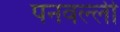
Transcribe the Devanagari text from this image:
पनवल्ली